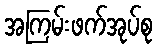
အကြမ်းဖက်အုပ်စု